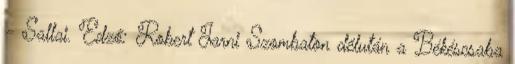
– Sallai. Edző: Robert Jarni Szombaton délután a Békéscsaba